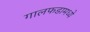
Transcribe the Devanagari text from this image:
गालफडामध्ये